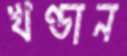
খণ্ডান